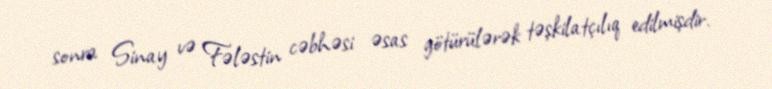
sonra Sinay və Fələstin cəbhəsi əsas götürülərək təşkilatçılıq edilmişdir.